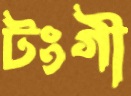
টংগী